Report on sanitation, dispensaries, and jails in Rajputana for 1916, and on vaccination for the year 1916-1917 - 1916-1917
Year: 1916
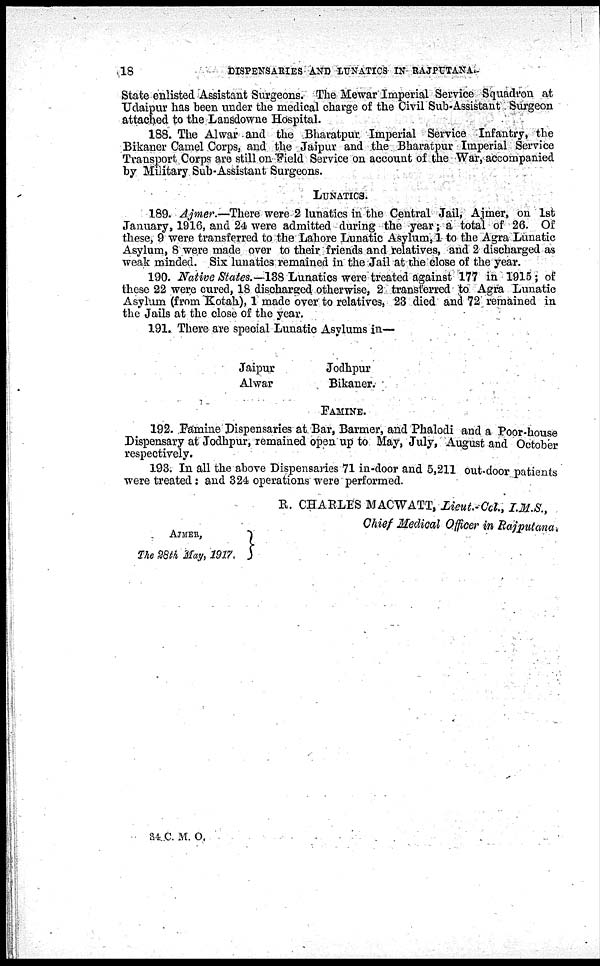
18
DISPENSARIES AND LUNATICS IN RAJPUTANA.
State enlisted Assistant Surgeons. The Mewar Imperial Service Squadron at
Udaipur has been under the medical charge of the Civil Sub-Assistant Surgeon
attached to the Lansdowne Hospital.
188. The Alwar and the Bharatpur Imperial Service Infantry, the
Bikaner Camel Corps, and the Jaipur and the Bharatpur Imperial Service
Transport Corps are still on Field Service on account of the War, accompanied
by Military Sub-Assistant Surgeons.
LUNATICS.
189. Ajmer.—There were 2 lunatics in the Central Jail, Ajmer, on 1st
January, 1916, and 24 were admitted during the year; a total of 26. Of
these, 9 were transferred to the Lahore Lunatic Asylum,1 to the Agra Lunatic
Asylum, 8 were made over to their friends and relatives, and 2 discharged as
weak minded. Six lunatics remained in the Jail at the close of the year.
190. Native States.—138 Lunatics were treated against 177 in 1915 ; of
these 22 were cured, 18 discharged otherwise, 2 transferred to Agra Lunatic
Asylum (from Kotah), 1 made over to relatives, 23 died and 72 remained in
the Jails at the close of the year.
191. There are special Lunatic Asylums in—
Jaipur
Alwar
Jodhpur
Bikaner.
FAMINE.
192. Famine Dispensaries at Bar, Barmer, and Phalodi and a Poor-house
Dispensary at Jodhpur, remained open up to May, July, August and October
respectively.
193. In all the above Dispensaries 71 in-door and 5,211 out-door patients
were treated : and 324 operations were performed.
AJMER,
The 28th May, 1917.
R. CHARLES MACWATT, Lieut.-Col., I.M.S.,
Chief Medical Officer in Rajputana.
S4 C. M. O.